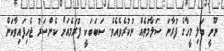
ނޫނީ ބަލި މީހާގެ ފުރާނަ ސަލާމަތެއް ނުކުރެވެއެވެ. ސަބަބަކީ ފުރަމެއަށް ކެންސަރު ޖެހިފައިވާކަން